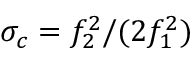
\sigma _ { c } = f _ { 2 } ^ { 2 } / ( 2 f _ { 1 } ^ { 2 } )